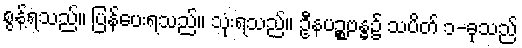
စွန့်ရသည်။ ပြန်ပေးရသည်။ သုံးရသည်။ ဦနပဉ္စဗန္ဓ၌ သပိတ် ၁-ခုသည်